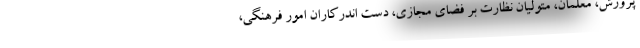
پرورش، معلمان، متولیان نظارت بر فضای مجازی، دست اندرکاران امور فرهنگی،